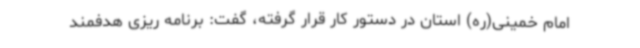
امام خمینی(ره) استان در دستور کار قرار گرفته، گفت: برنامه ریزی هدفمند